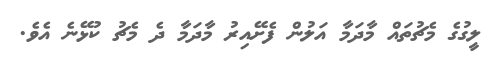
ލީގުގެ މެޗުތައް މާދަމާ އަލުން ފެށޭއިރު މާދަމާ ދެ މެޗު ކުޅޭނެ އެވެ.